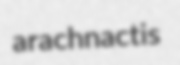
arachnactis